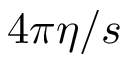
4 \pi \eta / s